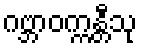
ဂဗ္ဘာဝက္ကန္တီသု